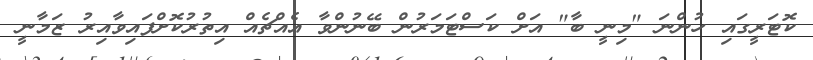
ކޮޓަރީގައި ހުންނަ "މިނީ ބާ" އަށް ކަސްޓަމަރުން ބޭނުންވާ އެއްޗެއް އިތުރުކޮށްފައިވާއިރު ޒަމާނީ